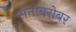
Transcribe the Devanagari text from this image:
संतांबरोबर